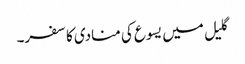
گلیل میں یسوع کی منادی کا سفر۔